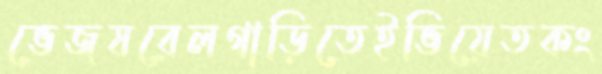
ভেজষরেলগাড়িতেইভিয়েতকং